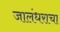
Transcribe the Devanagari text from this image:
जालंधराचा